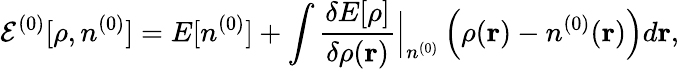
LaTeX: {\cal E}^{(0)}[\rho,n^{(0)}]=E[n^{(0)}]+\int\frac{\delta E[\rho]}{\delta\rho({\mathbf r})}\Big\vert_{n^{(0)}}\left(\rho({\mathbf r})-n^{(0)}({\mathbf r})\right)d{\mathbf r},